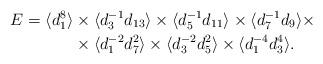
LaTeX: \begin{align*}E=\langle d_1^8\rangle&\times\langle d_3^{-1}d_{13}\rangle\times\langle d_5^{-1}d_{11}\rangle\times\langle d_7^{-1}d_9\rangle\times\\&\times\langle d_1^{-2}d_7^2\rangle\times\langle d_3^{-2}d_5^2\rangle\times\langle d_1^{-4}d_3^4\rangle.\end{align*}